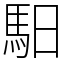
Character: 馹